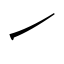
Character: ㇀